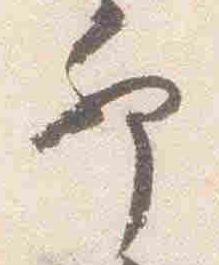
卯